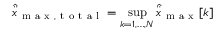
\hat { \ddot { x } } _ { \mathrm { ~ m ~ a ~ x ~ , ~ t ~ o ~ t ~ a ~ l ~ } } = \operatorname* { s u p } _ { k = 1 , \ldots , N } \hat { \ddot { x } } _ { \mathrm { ~ m ~ a ~ x ~ } } [ k ]